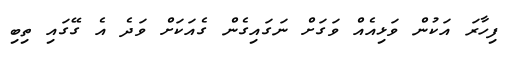
ފިހާރަ އަކުން ވަޅިއެއް ވަގަށް ނަގައިގެން ގެއަކަށް ވަދެ އެ ގޭގައި ތިބި